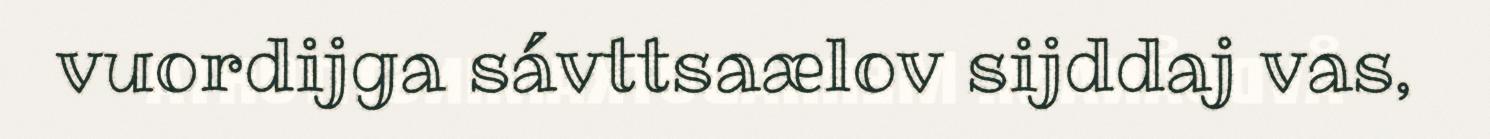
vuordijga sávttsaælov sijddaj vas,